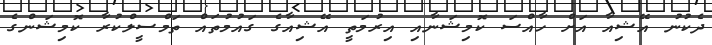
ދެކުނު އޭޝިއާ އަށް ހާއްސަ ކޮމިޝަނާއި އިރުމަތީ އޭޝިއާގެ ގައުމުތައް ތަމްސީލްކުރާ ކޮމިޝަންގެ